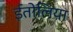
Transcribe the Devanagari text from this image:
ईतोलिया